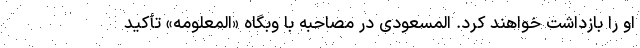
او را بازداشت خواهند کرد. المسعودی در مصاحبه با وبگاه «المعلومه» تأکید